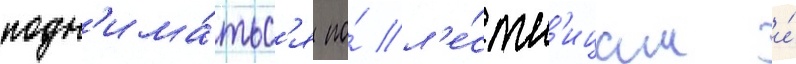
подн'има́тьс'я по́ л'е́стн'ицам и́